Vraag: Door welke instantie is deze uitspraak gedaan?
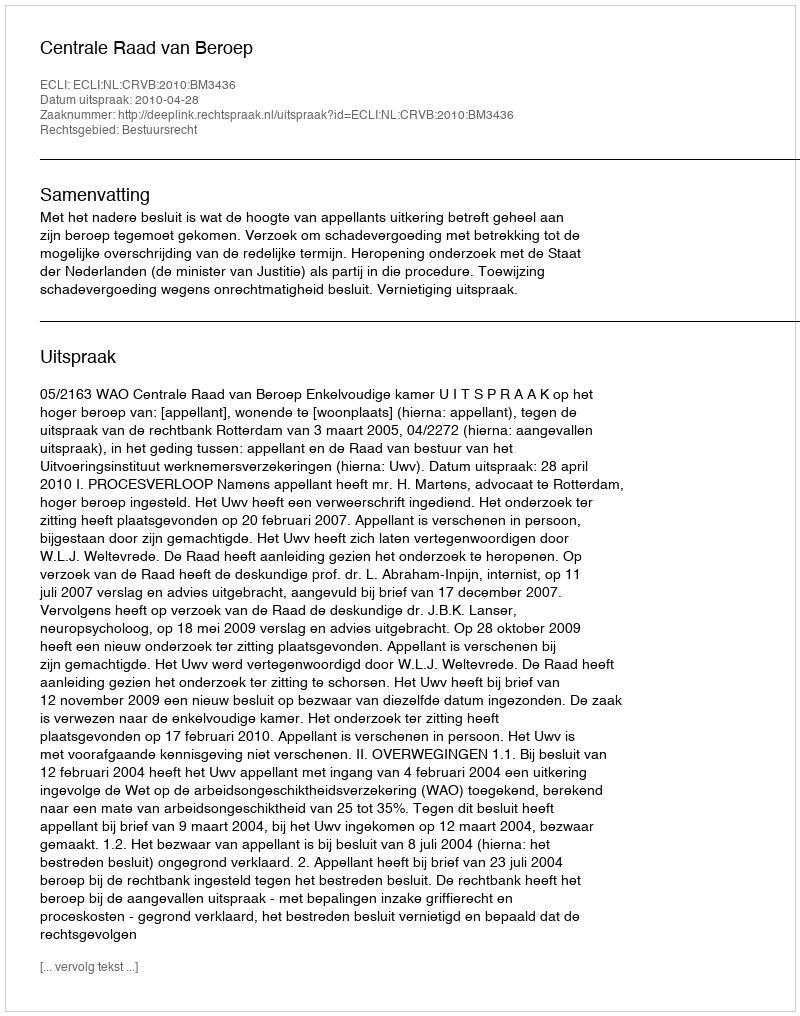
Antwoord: Centrale Raad van Beroep